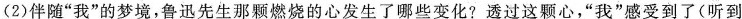
(2)伴随”我”的梦境，鲁迅先生那颗燃烧的心发生了哪些变化?透过这颗心，”我”感受到了(听到